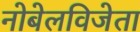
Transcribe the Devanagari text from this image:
नोबेलविजेता